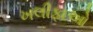
ખલીફાઓ